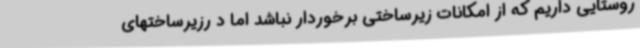
روستایی داریم که از امکانات زیرساختی برخوردار نباشد اما د رزیرساختهای